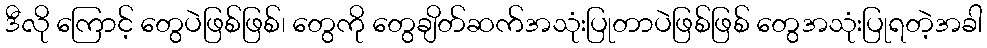
ဒီလို ကြောင့် တွေပဲဖြစ်ဖြစ်၊ တွေကို တွေချိတ်ဆက်အသုံးပြုတာပဲဖြစ်ဖြစ် တွေအသုံးပြုရတဲ့အခါ